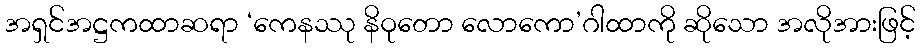
အရှင်အဋ္ဌကထာဆရာ ‘ကေနဿု နိဝုတော လောကော’ဂါထာကို ဆိုသော အလိုအားဖြင့်